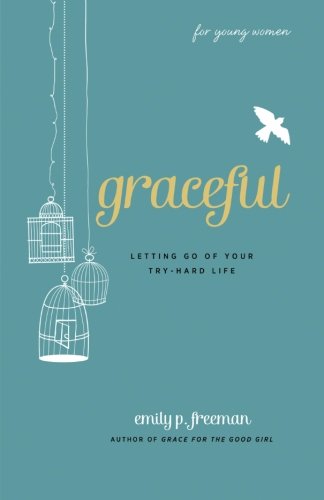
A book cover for Graceful (For Young Women): Letting Go of Your Try-Hard Life; Emily P. Freeman; Christian Books & Bibles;